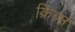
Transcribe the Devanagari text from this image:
क्रिब्स